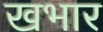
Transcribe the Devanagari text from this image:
खभार